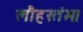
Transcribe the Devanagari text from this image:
लौहस्तंभ।